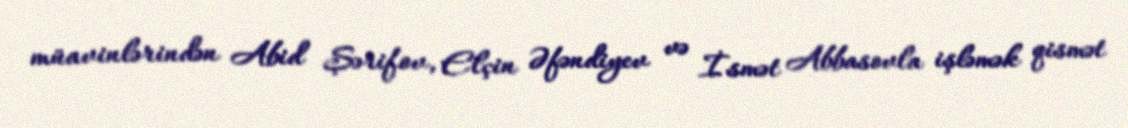
müavinlərindən Abid Şərifov, Elçin Əfəndiyev və İsmət Abbasovla işləmək qismət